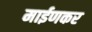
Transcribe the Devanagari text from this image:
माईणकर